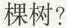
棵树?